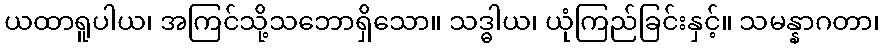
ယထာရူပါယ၊ အကြင်သို့သဘောရှိသော။ သဒ္ဓါယ၊ ယုံကြည်ခြင်းနှင့်။ သမန္နာဂတာ၊